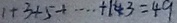
1 + 3 + 5 + \cdots + 1 4 3 = 4 9